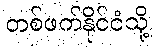
တစ်ဖက်နိုင်ငံသို့